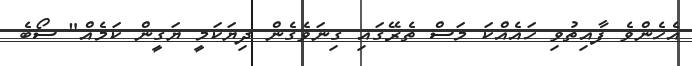
އެހެންވެ ފާއިތުވި ހައެއްކަ މަސް ތެރޭގައި ގިނަވެގެން ދިޔަކަމީ ޔަގީން ކަމެއް" ސޯބެ